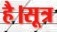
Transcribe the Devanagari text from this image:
है।सूत्र